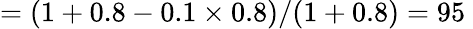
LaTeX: =(1+0.8-0.1\times 0.8)/(1+0.8)=95\